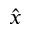
\hat { x }